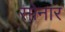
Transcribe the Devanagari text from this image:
साेनार